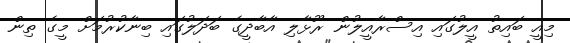
މިއީ ބައިތު އީލުގައި އިސްރާއީލުން ރޫޅާލި އާބާދީގެ ބަދަލުގައި ބިނާކުރުމަށް މީގެ ތިން